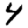
Digit: 4